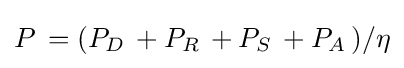
P\,=(P_{D}\,+P_{R}\,+P_{S}\,+P_{A}\,)/\eta